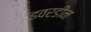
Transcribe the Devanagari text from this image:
इवरडीन